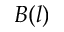
B ( l )